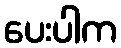
ပေးပါက